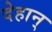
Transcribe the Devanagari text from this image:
देहान्